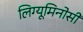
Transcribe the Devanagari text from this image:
लिग्यूमिनोसी